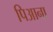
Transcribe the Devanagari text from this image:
पिआना